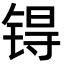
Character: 锝